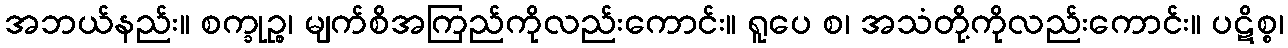
အဘယ်နည်း။ စက္ခုဉ္စ၊ မျက်စိအကြည်ကိုလည်းကောင်း။ ရူပေ စ၊ အသံတို့ကိုလည်းကောင်း။ ပဋိစ္စ၊